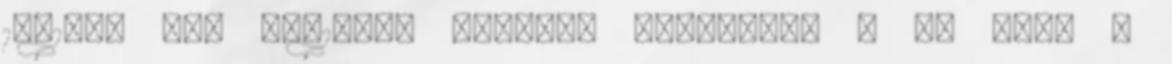
1981-es kép 08-10-07 Honlap: 'Egyebek' » új link -